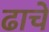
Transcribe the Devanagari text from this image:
ढाचे